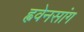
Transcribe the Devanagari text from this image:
ह्ववेनसांग